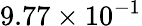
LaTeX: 9.77\times 10^{-1}